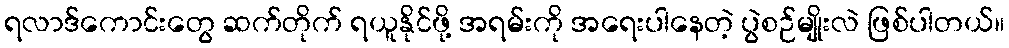
ရလာဒ်ကောင်းတွေ ဆက်တိုက် ရယူနိုင်ဖို့ အရမ်းကို အရေးပါနေတဲ့ ပွဲစဉ်မျိုးလဲ ဖြစ်ပါတယ်။